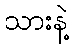
သားနဲ့